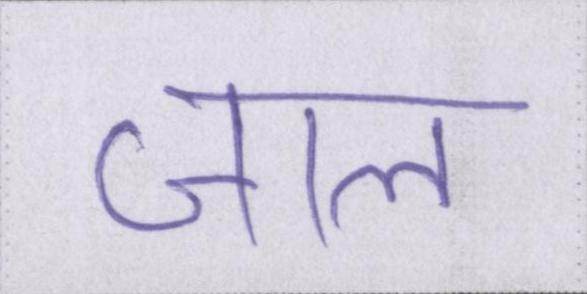
जाल